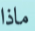
ماذا